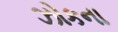
ઝોકના